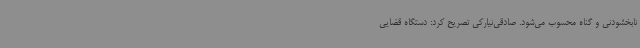
نابخشودنی و گناه محسوب می‌شود. صادقی‌نیارکی تصریح کرد: دستگاه قضایی